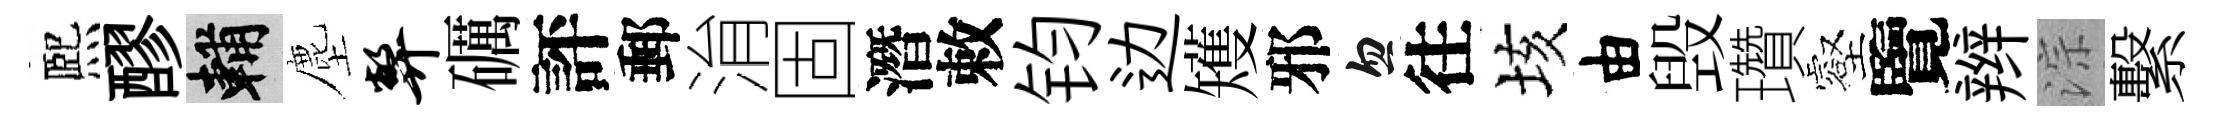
熈醪輔塵弊礪評郵㳙固潛敕钧边矱邪忽往垓由毁瓚壑覽辫淙繫